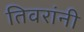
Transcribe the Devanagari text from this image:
तिवरांनी